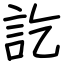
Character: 訖